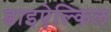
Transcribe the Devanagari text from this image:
डाइऐल्किल